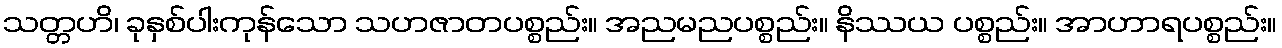
သတ္တဟိ၊ ခုနှစ်ပါးကုန်သော သဟဇာတပစ္စည်း။ အညမညပစ္စည်း။ နိဿယ ပစ္စည်း။ အာဟာရပစ္စည်း။